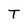
Character: T